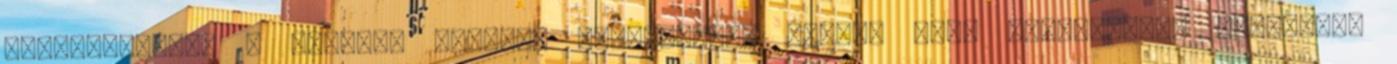
fordulatokat? A sorozat különös történettel indul, tele fájdalmasan felkavaró